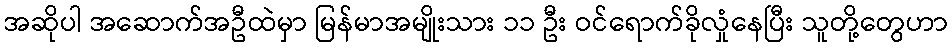
အဆိုပါ အဆောက်အဦထဲမှာ မြန်မာအမျိုးသား ၁၁ ဦး ဝင်ရောက်ခိုလှုံနေပြီး သူတို့တွေဟာ